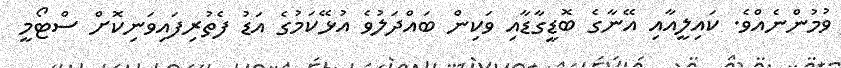
ވުމުންނެއްވެ. ކައިލީއާއި އޭނާގެ ބޮޑީގާޑާއި ވަކިން ބައްދަލުވެ އުޅޭކަމުގެ އަޑު ފެތުރިފައިވަނިކޮށް ސްޓޯމީ